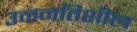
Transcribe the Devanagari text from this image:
उननतिशील